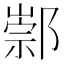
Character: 𨝡